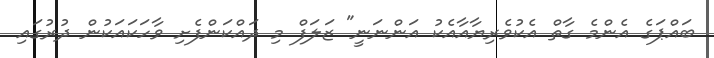
ބައްޕަގެ އެންމެ ގާތް އެކުވެރިޔާއާއެކު އަންނަނީ" ޒަލަފް މި ދައްކަންފެށި ވާހަކައަކުން ދުރުގައި